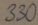
Text: 330